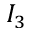
I _ { 3 }